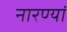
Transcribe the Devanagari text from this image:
नारण्यां